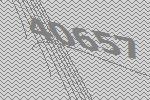
40657